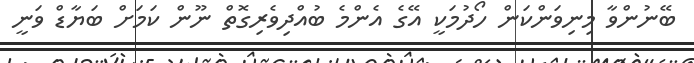
ބޭނުންވާ މިނިވަންކަން ހޯދުމަކީ އޭގެ އެންމެ ބުއްދިވެރިގޮތް ނޫން ކަމަށް ބަޔާޑް ވަނީ